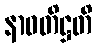
နာဝတိဋ္ဌတိ